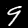
Digit: 9